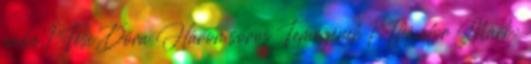
embe 1 Tési Dóra Háromsoros Temegének 1 Thándor Márk: